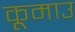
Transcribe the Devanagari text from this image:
कूमाउ